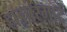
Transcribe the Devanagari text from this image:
हाइपरमार्ट